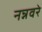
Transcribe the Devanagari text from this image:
नन्नवरे